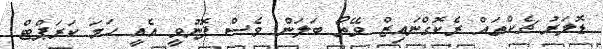
ޑޮލަރު ޗެކްތައް ރެކޮގްނައިޒް ވޭތޯ ބަލަން ވެސް ފޮނުވީ އެއީ ހަމަ ކަރަޕްޓް